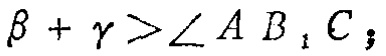
$\beta+\gamma > \angle AB_{1}C;$